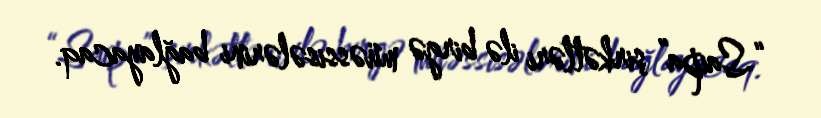
“Saipa” şirkətləri ilə birgə müəssisələrini bağlayacaq.